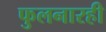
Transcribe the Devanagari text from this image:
फुलनारही